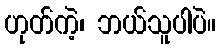
ဟုတ်ကဲ့၊ ဘယ်သူပါပဲ။